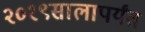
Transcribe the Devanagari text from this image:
२०१९सालापर्यंत